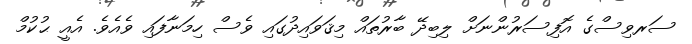
ސަރވިސްގެ އޮފިސަރުންނަށް ލިބިދޭ ބާރުތައް މިޤަވައިދުގައި ވެސް ހިމަނާފައި ވެއެވެ. އެއީ ޙުުކުމް